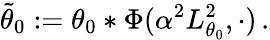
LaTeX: \tilde{\theta}_{0}:=\theta_{0}\ast\Phi(\alpha^{2}L_{\theta_{0}}^{2},\cdot)\, .